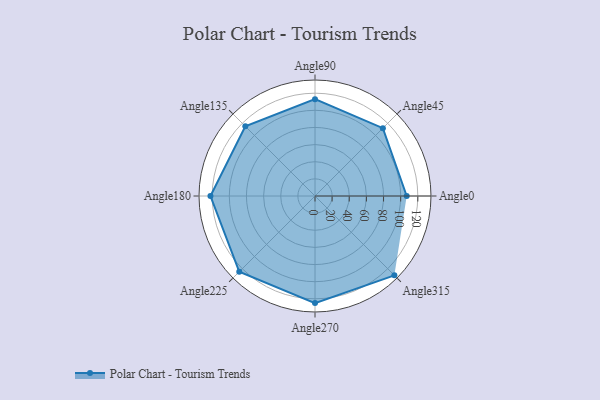
{"axis": {"x": "Angle", "y": "Radius"}, "legend": [""], "data": [{"x": "Angle0", "y": 107.0, "type": ""}, {"x": "Angle45", "y": 112.0, "type": ""}, {"x": "Angle90", "y": 113.0, "type": ""}, {"x": "Angle135", "y": 115.0, "type": ""}, {"x": "Angle180", "y": 122.0, "type": ""}, {"x": "Angle225", "y": 125.0, "type": ""}, {"x": "Angle270", "y": 125.0, "type": ""}, {"x": "Angle315", "y": 131.0, "type": ""}]}